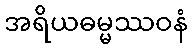
အရိယဓမ္မဿဝနံ